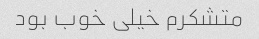
متشکرم خیلی خوب بود